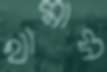
থামাস